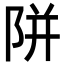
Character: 𨹗